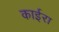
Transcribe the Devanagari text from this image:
काईरा